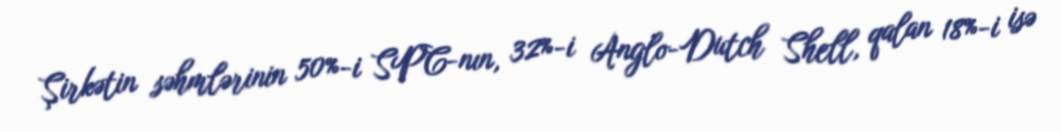
Şirkətin səhmlərinin 50%-i SPC-nın, 32%-i Anglo-Dutch Shell, qalan 18%-i isə